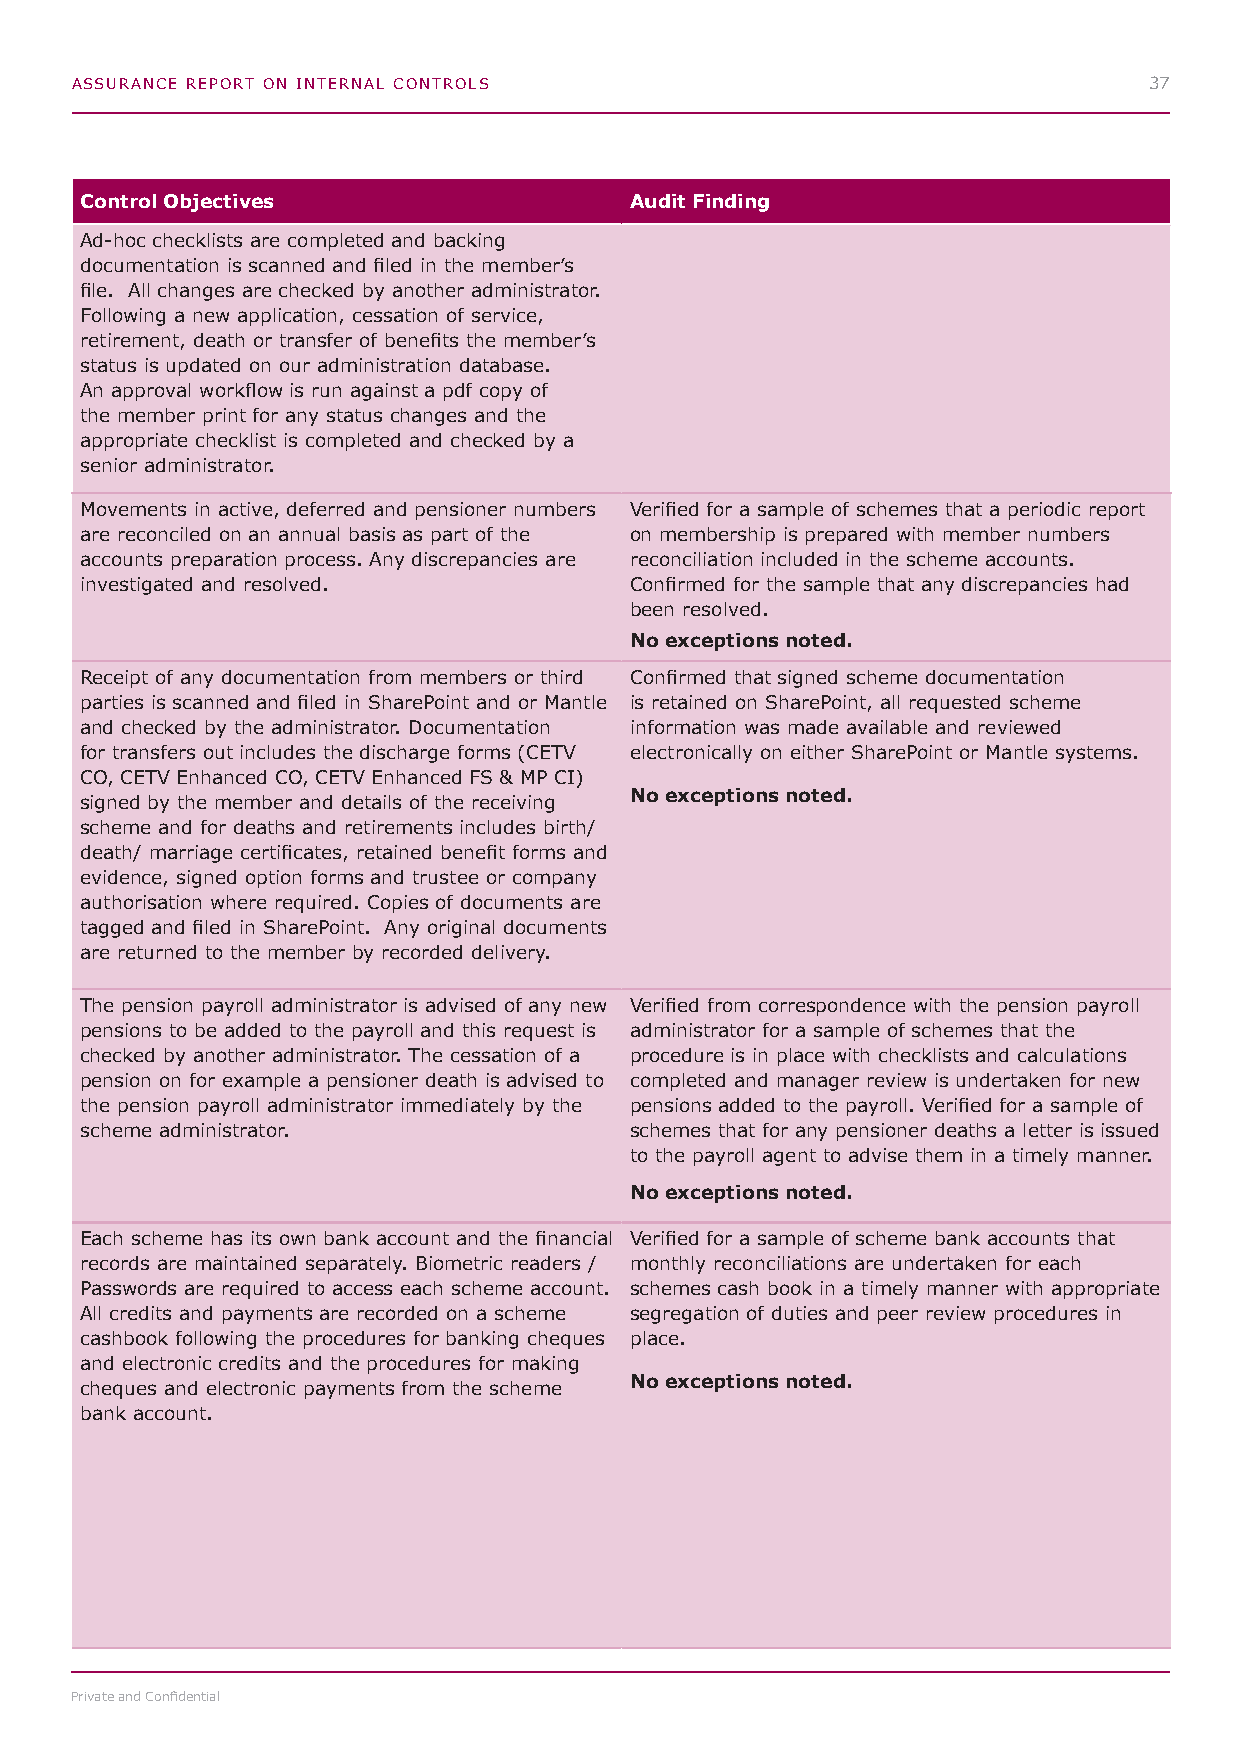
ASSURANCE REPORT ON INTERNAL CONTROLS                                  37
 Control Objectives                   Audit Finding
 Ad-hoc checklists are completed and backing
 documentation is scanned and filed in the member’s
 file. All changes are checked by another administrator.
 Following a new application, cessation of service,
 retirement, death or transfer of benefits the member’s
 status is updated on our administration database.
 An approval workflow is run against a pdf copy of
 the member print for any status changes and the
 appropriate checklist is completed and checked by a
 senior administrator.
 Movements in active, deferred and pensioner numbers Verified for a sample of schemes that a periodic report
 are reconciled on an annual basis as part of the on membership is prepared with member numbers
 accounts preparation process. Any discrepancies are reconciliation included in the scheme accounts.
 investigated and resolved.           Confirmed for the sample that any discrepancies had
 been resolved.
 No exceptions noted.
 Receipt of any documentation from members or third Confirmed that signed scheme documentation
 parties is scanned and filed in SharePoint and or Mantle is retained on SharePoint, all requested scheme
 and checked by the administrator. Documentation information was made available and reviewed
 for transfers out includes the discharge forms (CETV electronically on either SharePoint or Mantle systems.
 CO, CETV Enhanced CO, CETV Enhanced FS & MP CI)
 No exceptions noted.
 signed by the member and details of the receiving
 scheme and for deaths and retirements includes birth/
 death/ marriage certificates, retained benefit forms and
 evidence, signed option forms and trustee or company
 authorisation where required. Copies of documents are
 tagged and filed in SharePoint. Any original documents
 are returned to the member by recorded delivery.
 The pension payroll administrator is advised of any new Verified from correspondence with the pension payroll
 pensions to be added to the payroll and this request is administrator for a sample of schemes that the
 checked by another administrator. The cessation of a procedure is in place with checklists and calculations
 pension on for example a pensioner death is advised to completed and manager review is undertaken for new
 the pension payroll administrator immediately by the pensions added to the payroll. Verified for a sample of
 scheme administrator.                schemes that for any pensioner deaths a letter is issued
 to the payroll agent to advise them in a timely manner.
 No exceptions noted.
 Each scheme has its own bank account and the financial Verified for a sample of scheme bank accounts that
 records are maintained separately. Biometric readers / monthly reconciliations are undertaken for each
 Passwords are required to access each scheme account. schemes cash book in a timely manner with appropriate
 All credits and payments are recorded on a scheme segregation of duties and peer review procedures in
 cashbook following the procedures for banking cheques place.
 and electronic credits and the procedures for making
 No exceptions noted.
 cheques and electronic payments from the scheme
 bank account.
 Private and Confidential